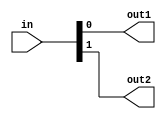
//-----------------------------------------------------------------------------
//
// Title       : FWD_follower
// Design      : pipline
// Author      : 
// Company     : 
//
//-----------------------------------------------------------------------------
//
// Generated   : Fri Dec 25 13:23:34 2015
// From        : interface description file
// By          : Itf2Vhdl ver. 1.22
//
//-----------------------------------------------------------------------------
//
// Description : 
//
//-----------------------------------------------------------------------------
`timescale 1 ns / 1 ps

//{{ Section below this comment is automatically maintained
//   and may be overwritten
//{module {FWD_follower}}
module FWD_follower (
	input [1:0] in,
	output out1,
	output out2
	);
	assign out1=in[0];
	assign out2=in[1];
//}} End of automatically maintained section

// -- Enter your statements here -- //

endmodule